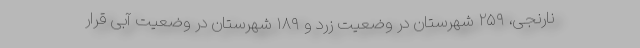
نارنجی، ۲۵۹ شهرستان در وضعیت زرد و ۱۸۹ شهرستان در وضعیت آبی قرار